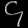
Digit: ၄